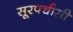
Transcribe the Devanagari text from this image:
सूरपचीसी